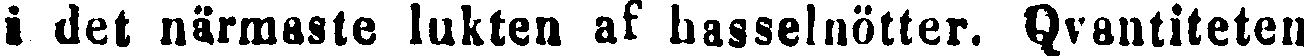
i det närmaste lukten af hasselnötter. Qvantiteten